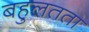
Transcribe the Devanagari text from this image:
बहुलतता